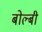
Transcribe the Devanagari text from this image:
बोल्बी